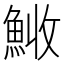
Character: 𩷊